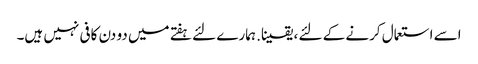
اسے استعمال کرنے کے لئے ، یقینا. ہمارے لئے ہفتے میں دو دن کافی نہیں ہیں۔